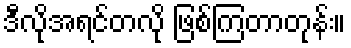
ဒီလိုအရင်တလို ဖြစ်ကြတာတုန်း။